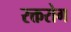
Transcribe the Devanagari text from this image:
रक्तरोग